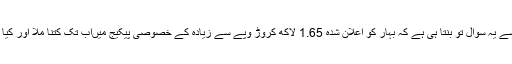
بی جے پی سے یہ سوال تو بنتا ہی ہے کہ بہار کو اعلان شدہ 1.65 لاکھ کروڑ وپے سے زیادہ کے خصوصی پیکیج میںاب تک کتنا ملا اور کیا سب کام ہوا؟